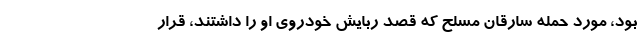
بود، مورد حمله سارقان مسلح که قصد ربایش خودروی او را داشتند، قرار